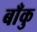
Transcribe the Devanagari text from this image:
बाँकु